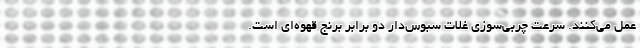
عمل می‌کنند. سرعت چربی‌سوزی غلات سبوس‌دار دو برابر برنج قهوه‌ای است.